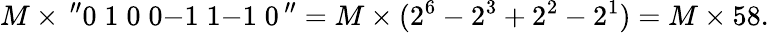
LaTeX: M\times\, ^{\prime\prime}0\; 1\; 0\; 0{\mathrm{-1}}\; 1{\mathrm{-1}}\; 0\, ^{\prime\prime}=M\times(2^{6}-2^{3}+2^{2}-2^{1})=M\times 58.